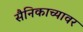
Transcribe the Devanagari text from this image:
सैनिकाच्यावर